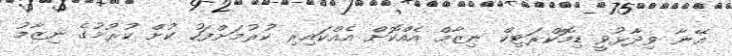
އޭނާ ވިދާޅުވީ ޑިމޮކްރަޓިކް ނިޒާމް އެއްކޮށް އެއްކައިރި ކުރުމަށްފަހު ކުށް ކުރުމުގެ ނިޒާމު